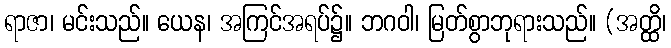
ရာဇာ၊ မင်းသည်။ ယေန၊ အကြင်အရပ်၌။ ဘဂဝါ၊ မြတ်စွာဘုရားသည်။ (အတ္ထိ၊